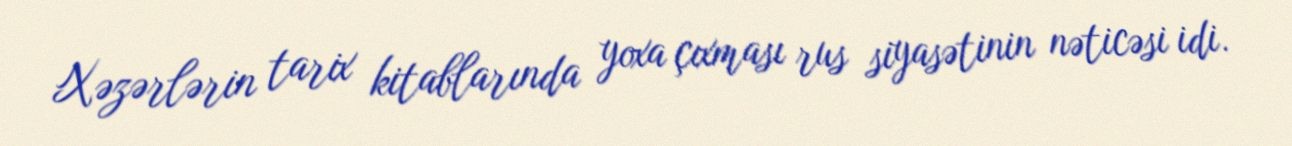
Xəzərlərin tarix kitablarında yoxa çıxması rus siyasətinin nəticəsi idi.